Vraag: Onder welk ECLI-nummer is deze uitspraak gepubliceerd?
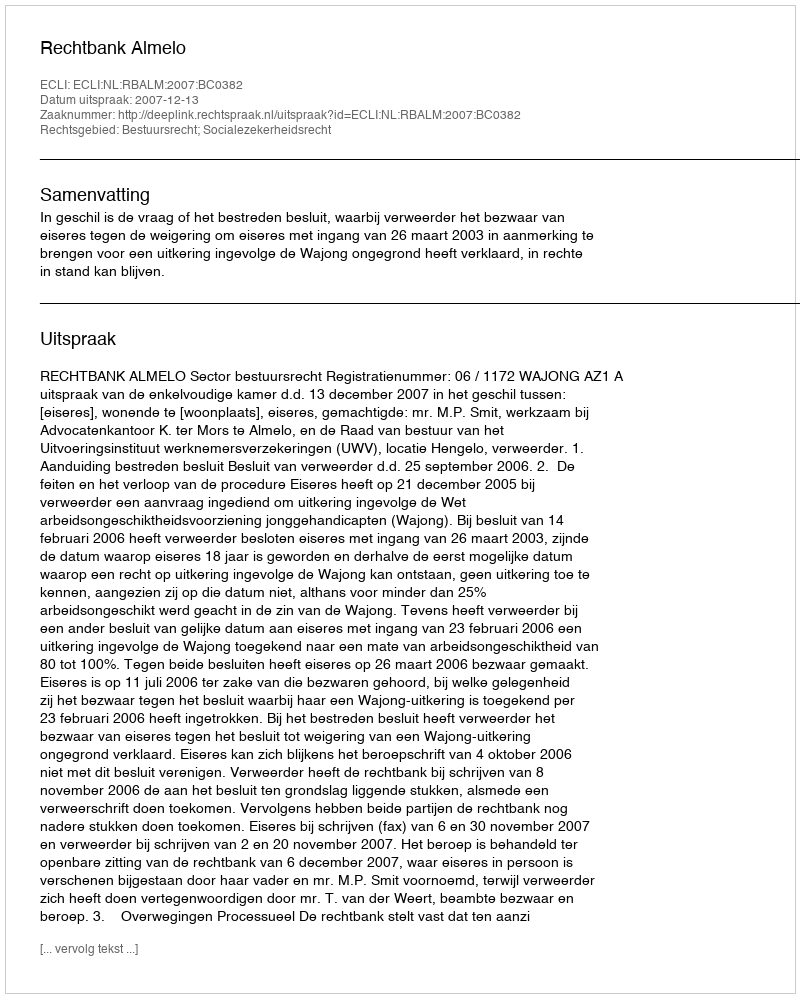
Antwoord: ECLI:NL:RBALM:2007:BC0382